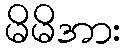
မိမိအား